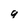
Character: q